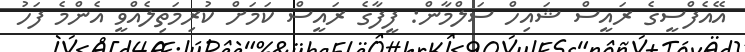
އޭއެފްސީގެ ރައީސް ޝައިހް ސަލްމާން: ފީފާގެ ރައީސް ކަމަށް ކުރިމަތިލެއްވީ އެންމެ ފަހު